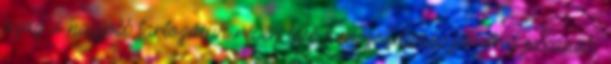
azaz a nagyobb tartozásuk révén több konszolidációs pénzhez jussanak.